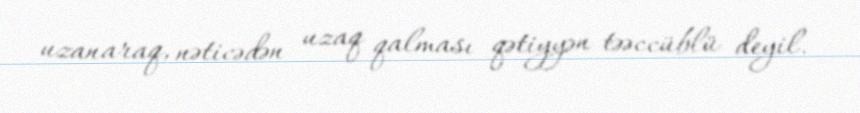
uzanaraq, nəticədən uzaq qalması qətiyyən təəccüblü deyil.